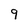
Character: 9